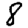
Digit: 8